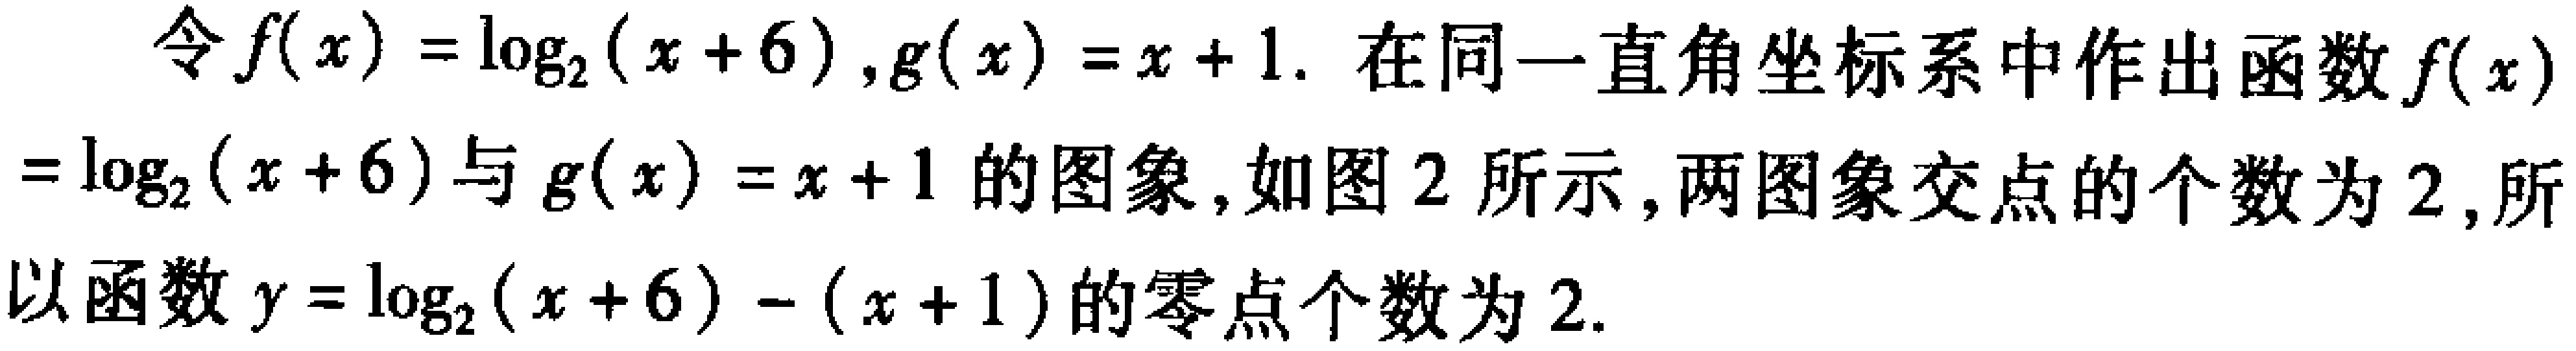
令\(f(x)=\log_{2}(x + 6),g(x)=x + 1\). 在同一直角坐标系中作出函数\(f(x)=\log_{2}(x + 6)\)与\(g(x)=x + 1\)的图象, 如图 2 所示, 两图象交点的个数为\(2\), 所以函数\(y=\log_{2}(x + 6)-(x + 1)\)的零点个数为\(2\).